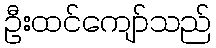
ဦးထင်ကျော်သည်